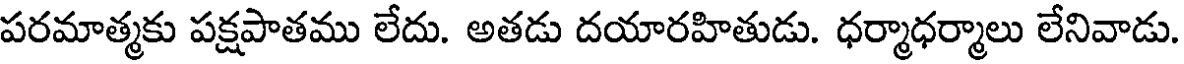
పరమాత్మకు పక్షపాతము లేదు. అతడు దయారహితుడు. ధర్మాధర్మాలు లేనివాడు